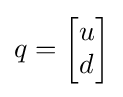
q={\begin{bmatrix}u\\d\end{bmatrix}}